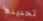
تحديدها